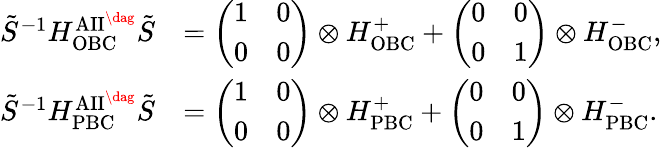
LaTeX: \begin{array}{rl}{\tilde{S}^{-1}H_{\mathrm{OBC}}^{\mathrm{AII}^{\dag}}\tilde{S}}&{=\left(\begin{array}{ll}{1}&{0}\\ {0}&{0}\end{array}\right)\otimes H_{\mathrm{OBC}}^{+}+\left(\begin{array}{ll}{0}&{0}\\ {0}&{1}\end{array}\right)\otimes H_{\mathrm{OBC}}^{-},}\\ {\tilde{S}^{-1}H_{\mathrm{PBC}}^{\mathrm{AII}^{\dag}}\tilde{S}}&{=\left(\begin{array}{ll}{1}&{0}\\ {0}&{0}\end{array}\right)\otimes H_{\mathrm{PBC}}^{+}+\left(\begin{array}{ll}{0}&{0}\\ {0}&{1}\end{array}\right)\otimes H_{\mathrm{PBC}}^{-}.}\end{array}